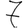
Digit: 7